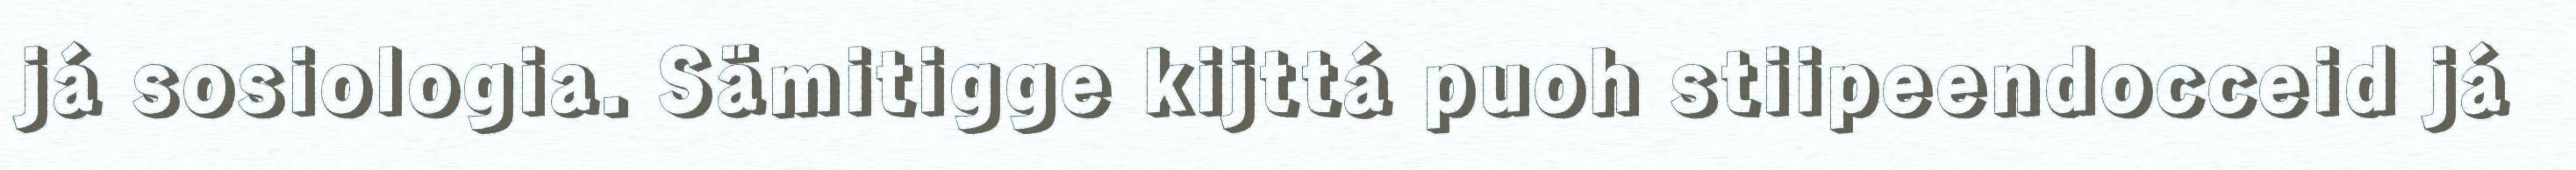
já sosiologia. Sämitigge kijttá puoh stiipeendocceid já